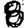
Digit: 8